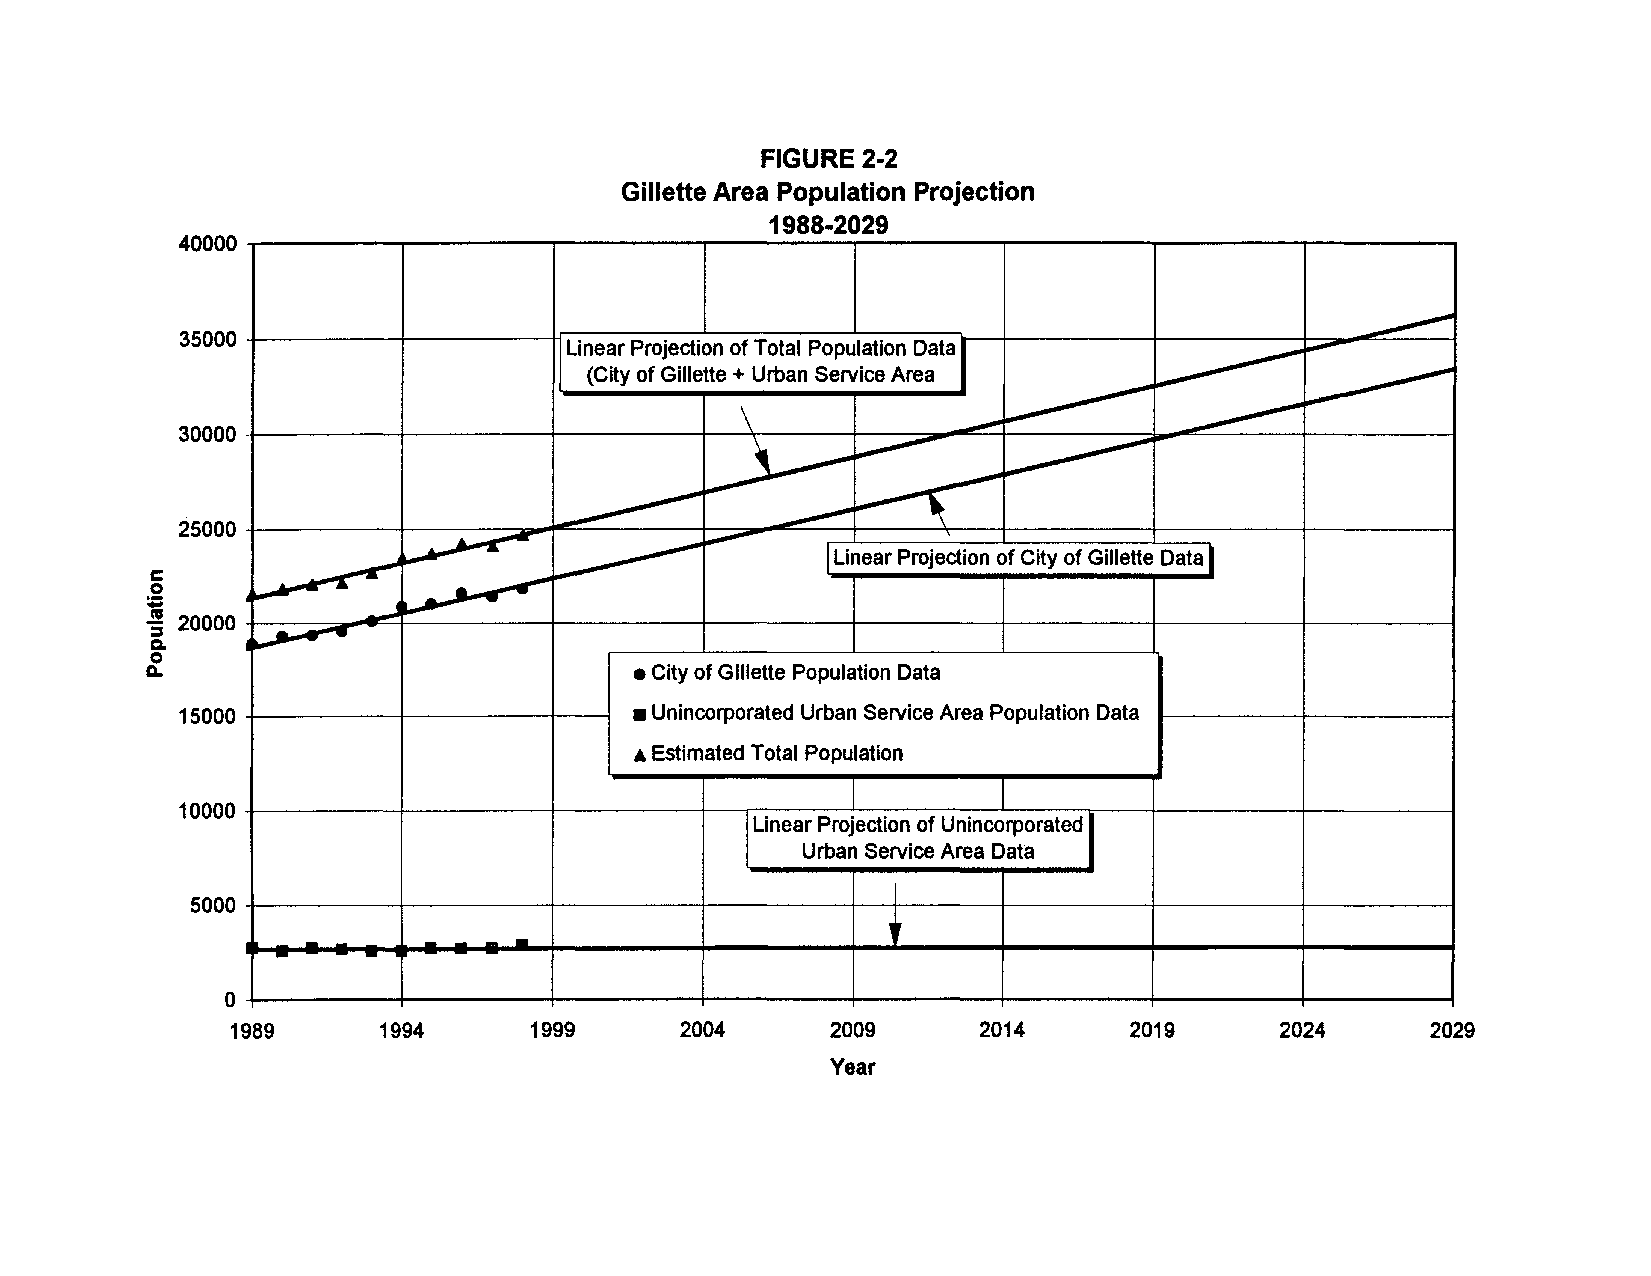
FIGURE 2-2
 Gillette Area Population Projection
 1988-2029
 40000
 I
 35000                    I                                                ----~
 Linear Projection of Total Population Data
 (City of Gillette + Urban Service Area ~
 ~
 ~         -
 \                            ~
 30000                                              -----
 ~         ~        ~
 ~
 ~
 25000                                  ---------
 ",.".".,..-
 ~                           I                        I
 ~                 Linear Projection of City of Gillette Data
 c
 ,~
 0                ~
 ~
 :; 20000 ................ ~
 a.
 0
 Q.                              • City of Gillette Population Data
 15000                         • Unincorporated Urban Service Area Population Data
 A Estimated Total Population
 10000                                I
 Linear Projection of Unincorporated
 Urban Service Area Data
 5000
 -
 - - - -   - -                            "
 o
 1989      1994      1999      2004      2009      2014      2019      2024      2029
 Year